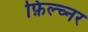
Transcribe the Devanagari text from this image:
फ़िल्च्नर